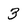
Character: 3